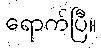
ရောက်ပြီ။